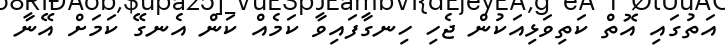
އަތުގައި އޮތް ކަތިވަޅިއަކުން ޖެހި ހިނގާފައިވާ ކަމެއް ކަން އެނގޭ ކަމަށް އޭނާ